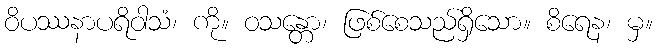
ဝိပဿနာပရိဝါသံ၊ ကို။ ဝသန္တော၊ ဖြစ်စေသည်ရှိသော။ စိရေန၊ မှ။